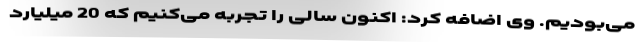
می‌بودیم. وی اضافه کرد: اکنون سالی را تجربه می‌کنیم که 20 میلیارد